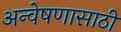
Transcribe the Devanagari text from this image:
अन्वेषणासाठी